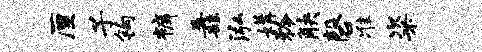
厘子钩裤纛泓媾矜觖磬准粢